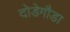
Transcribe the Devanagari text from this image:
दोडेगौडा